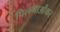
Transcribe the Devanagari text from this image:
पिलगाओंकर